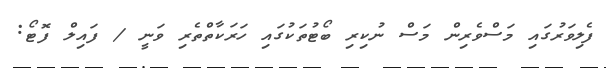
ފެލިވަރުގައި މަސްވެރިން މަސް ނުކިރި ބޯޓުތަކުގައި ހަރަކާތްތެރި ވަނީ / ފައިލް ފޮޓޯ: